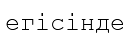
егісінде